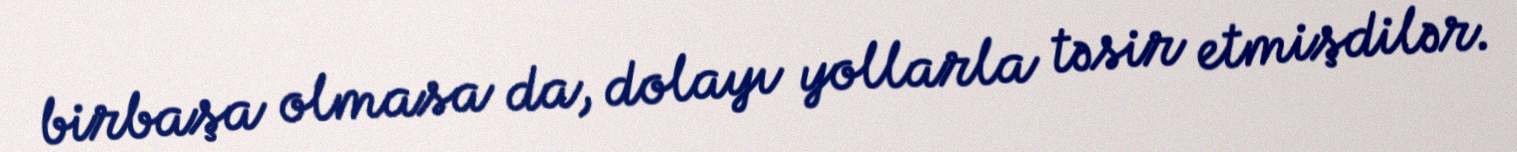
birbaşa olmasa da, dolayı yollarla təsir etmişdilər.